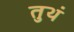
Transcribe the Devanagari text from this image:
तुथं